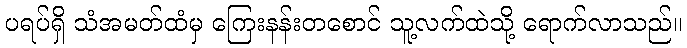
ပရပ်ရှိ သံအမတ်ထံမှ ကြေးနန်းတစောင် သူ့လက်ထဲသို့ ရောက်လာသည်။